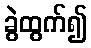
ခွဲထွက်၍